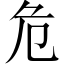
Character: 危